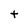
Character: t